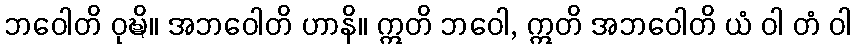
ဘဝေါတိ ဝုဍ္ဎိ။ အဘဝေါတိ ဟာနိ။ ဣတိ ဘဝေါ, ဣတိ အဘဝေါတိ ယံ ဝါ တံ ဝါ